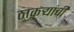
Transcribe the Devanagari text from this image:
ठाकऱ्यांची